Statistical return of the lunatic asylum in Assam - 1912-1932
Year: 1912
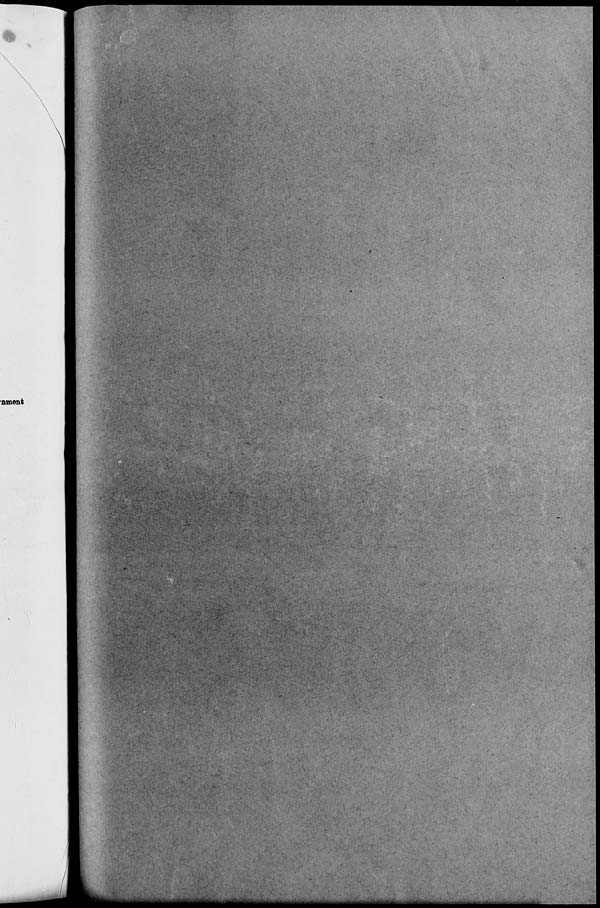
nment